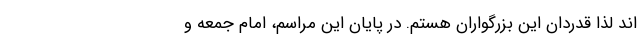
اند لذا قدردان این بزرگواران هستم. در پایان این مراسم، امام جمعه و